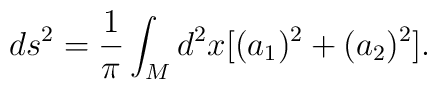
ds^{2}=\frac{1}{\pi}\int_{M} d^{2}x [( a_{1})^{2}+(a_{2})^{2}].